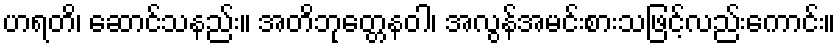
ဟရတိ၊ ဆောင်သနည်း။ အတိဘုတ္တေနဝါ၊ အလွန်အမင်းစားသဖြင့်လည်းကောင်း။